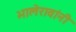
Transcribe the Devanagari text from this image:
भालेरावांनी